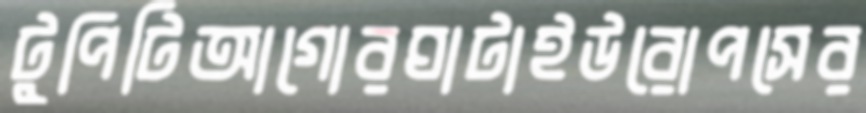
টুপিটিআগোরঘাটাইউরোপসের